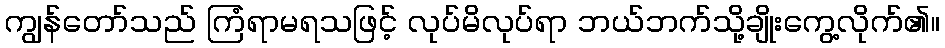
ကျွန်တော်သည် ကြံရာမရသဖြင့် လုပ်မိလုပ်ရာ ဘယ်ဘက်သို့ချိုးကွေ့လိုက်၏။